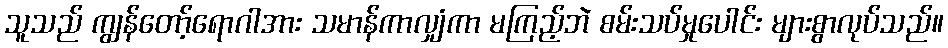
သူသည် ကျွန်တော့်ရောဂါအား သမာန်ကာလျှံကာ မကြည့်ဘဲ စမ်းသပ်မှုပေါင်း များစွာလုပ်သည်။